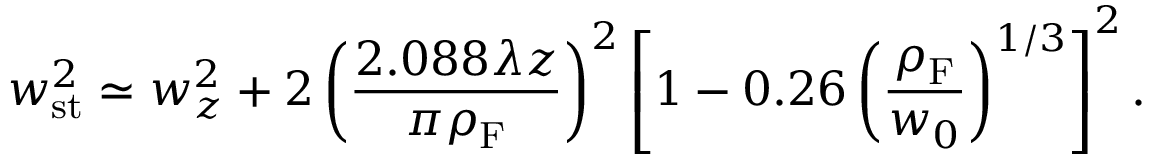
w _ { \mathrm { s t } } ^ { 2 } \simeq w _ { z } ^ { 2 } + 2 \left( \frac { 2 . 0 8 8 \lambda z } { \pi \rho _ { \mathrm { F } } } \right) ^ { 2 } \left[ 1 - 0 . 2 6 \left( \frac { \rho _ { \mathrm { F } } } { w _ { 0 } } \right) ^ { 1 / 3 } \right] ^ { 2 } .